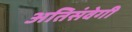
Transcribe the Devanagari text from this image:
अतिसंवेगी